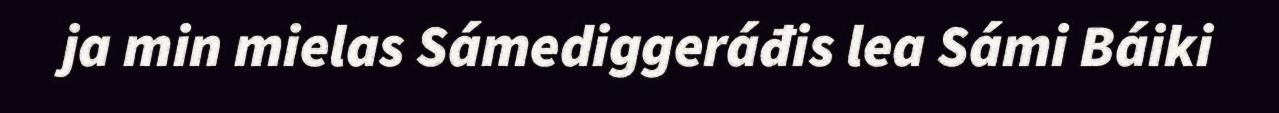
ja min mielas Sámediggeráđis lea Sámi Báiki